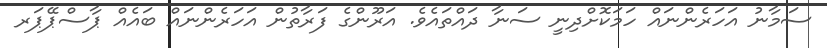
ސަމާނު އަހަރެންނައް ހަމަކޮށްދިނީ ސަނާ ދައްތައެވެ. އަރޫންގެ ފަރާތުން އަހަރެންނައް ބައެއް ޕާސްޕޭޕަރ